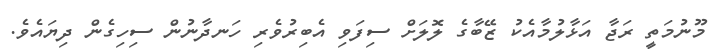
މޫނުމަތީ ރަޖާ އަޅާލުމާއެކު ޒޭބާގެ ލޮލަށް ސިފަވި އެބިރުވެރި ހަނދާނުން ސިހިގެން ދިޔައެވެ.